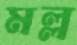
মল্ল